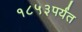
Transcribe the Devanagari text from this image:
१८५३पर्यंत